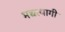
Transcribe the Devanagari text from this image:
मद्यत्यागी